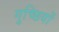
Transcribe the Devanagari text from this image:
गुच्छियों